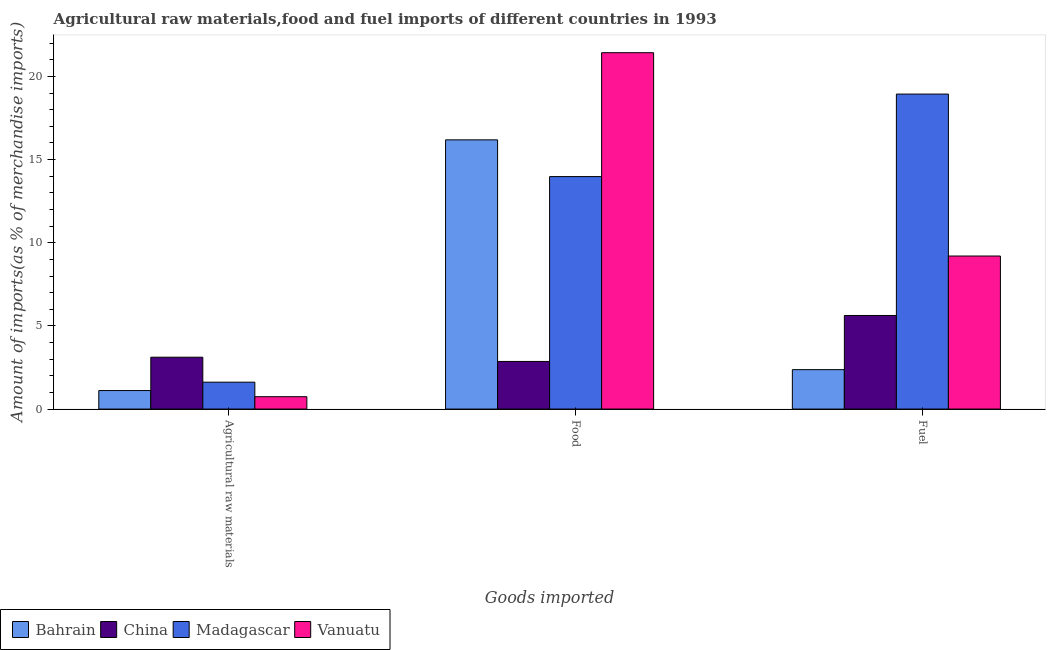
| Goods imported | Bahrain | China | Madagascar | Vanuatu |
 | --- | --- | --- | --- | --- |
 | Agricultural raw materials | 1.11 | 3.12 | 1.62 | 0.745 |
 | Food | 16.2 | 2.86 | 14 | 21.4 |
 | Fuel | 2.37 | 5.63 | 18.9 | 9.2 |